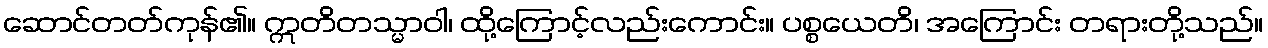
ဆောင်တတ်ကုန်၏။ ဣတိတသ္မာဝါ၊ ထို့ကြောင့်လည်းကောင်း။ ပစ္စယေတိ၊ အကြောင်း တရားတို့သည်။